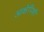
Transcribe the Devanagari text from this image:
आक्षेपिकी